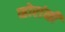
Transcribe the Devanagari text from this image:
व्होरांनी